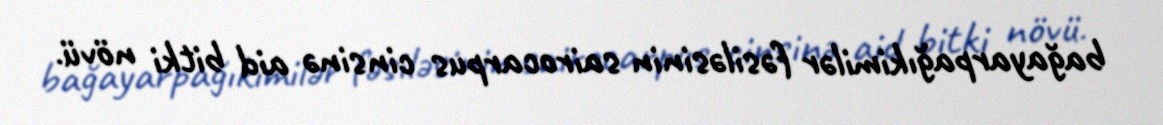
bağayarpağıkimilər fəsiləsinin sairocarpus cinsinə aid bitki növü.